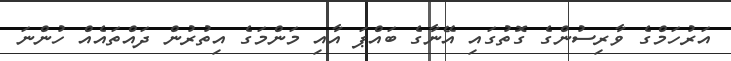
އަރުހަމްގެ ވާރިސުންގެ ގޮތުގައި އޭނާގެ ބައްޕަ އާއި މަންމަގެ އިތުރުން ދައްތައެއް ހުންނަ